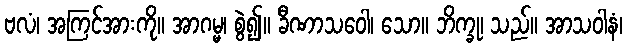
ဗလံ၊ အကြင်အားကို။ အာဂမ္မ၊ စွဲ၍။ ခီဏာသဝေါ၊ သော။ ဘိက္ခု၊ သည်။ အာသဝါနံ၊